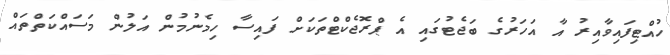
ހުއްޓިފައިވާއިރު އާ އަހަރުގެ ބަޖެޓުގައި އެ ޕްރޮޖެކްޓްތަކަށް ފައިސާ ހިމެނުމުން އަލުން މަސައްކަތްތައް